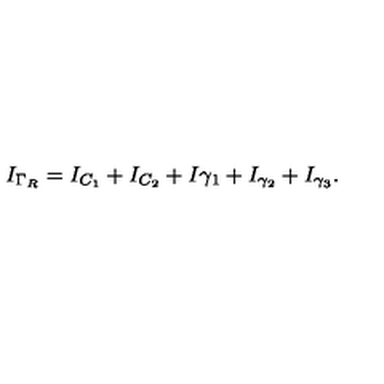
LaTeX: I _ { \Gamma _ { R } } = I _ { C _ { 1 } } + I _ { C _ { 2 } } + I { \gamma _ { 1 } } + I _ { \gamma _ { 2 } } + I _ { \gamma _ { 3 } } .